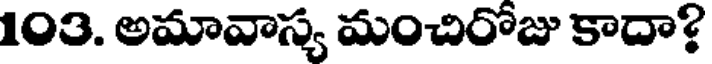
103. అమావాస్య మంచిరోజు కాదా?